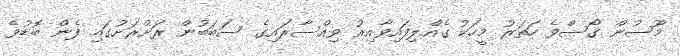
މޫސުން ގޯސްވެ ހަތަރު މީހަކު ގެއްލިފައިވާއިރު ވިއްސާރައިގެ ސަބަބުން ރަށްރަށުގައި ފެން ބޮޑުވެ